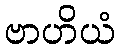
ဗာဟိယံ